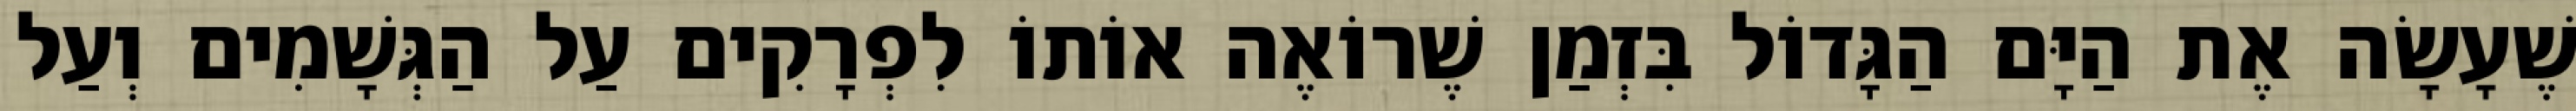
שֶׁעָשָׂה אֶת הַיָּם הַגָּדוֹל בִּזְמַן שֶׁרוֹאֶה אוֹתוֹ לִפְרָקִים עַל הַגְּשָׁמִים וְעַל